Punjab Mental Hospital Lahore 1932-46 - 1932-1946
Year: 1932
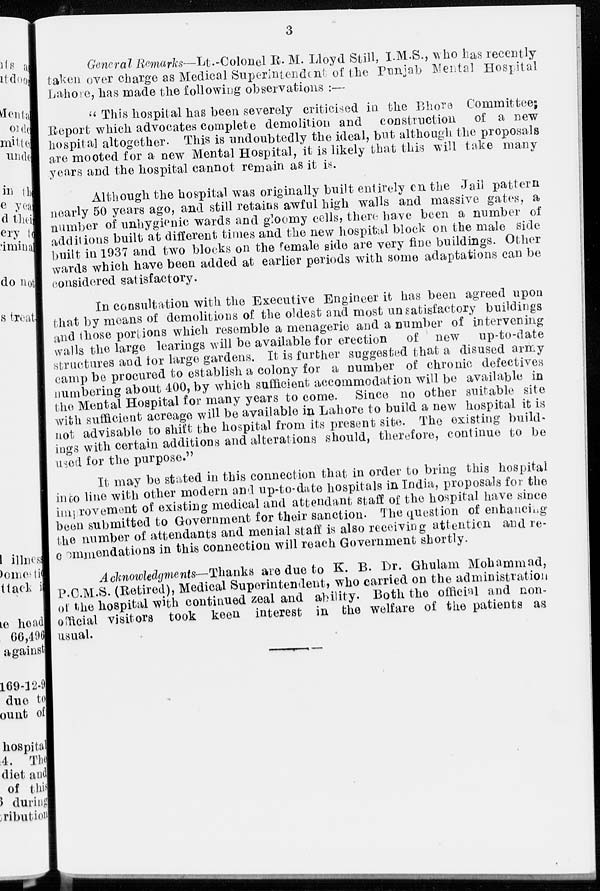
3
General Remarks—Lt.-Colonel R. M. Lloyd Still, I.M.S., who has recently
taken over charge as Medical Superintendent of the Punjab Mental Hospital
Lahore, has made the following observations :—
" This hospital has been severely criticised in the Bhore Committee ;
Report which advocates complete demolition and construction
of a new
hospital altogether. This is undoubtedly the ideal, but although the proposals
are mooted for a new Mental Hospital, it is likely that this will take many
years and the hospital cannot remain as it is.
Although the hospital was originally built entirely on the Jail pattern
nearly 50 years ago, and still retains awful high walls and massive gates, a
number of unhygienic wards and gloomy cells, there have been a number of
additions built at different times and the new hospital block on the male side
built in 1937 and two blocks on the female side are very fine buildings. Other
wards which have been added at earlier periods with some adaptations can be
considered satisfactory.
In consultation with the Executive Engineer it has been agreed upon
that by means of demolitions of the oldest and most unsatisfactory buildings
and those portions which resemble a menagerie and a number of intervening
walls the large learings will be available for erection
of new
up-to-date
structures and for large gardens. It is further suggested that a disused army
camp be procured to establish a colony for a number of chronic defectives
numbering about 400, by which sufficient accommodation will be available in
the Mental Hospital for many years to come. Since no other suitable site
with sufficient acreage will be available in Lahore to build a new hospital it is
not advisable to shift the hospital from its present site. The existing build-
ings with certain additions and alterations should, therefore, continue to be
used for the purpose."
It may be stated in this connection that in order to bring this hospital
into line with other modern and up-to-date hospitals in India, proposals for the
improvement of existing medical and attendant staff of the hospital have since
been submitted to Government for their sanction. The question of enhancing
the number of attendants and menial staff is also receiving attention and re-
commendations in this connection will reach Government shortly.
Acknowledgments— Thanks are due to K. B. Dr. Ghulam Mohammad,
P.C.M.S. (Retired), Medical Superintendent, who carried on the administration
of the hospital with continued zeal and ability. Both the official and non-
official visitors took keen interest in the welfare of the patients as
usual.